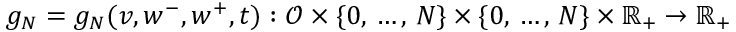
g _ { N } = g _ { N } ( v , w ^ { - } , w ^ { + } , t ) : \mathcal { O } \times \{ 0 , \, \dots , \, N \} \times \{ 0 , \, \dots , \, N \} \times \mathbb { R } _ { + } \to \mathbb { R } _ { + }